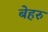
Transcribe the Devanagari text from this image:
बेहरु